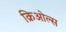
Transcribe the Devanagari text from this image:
क्रिओल्स